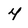
Character: 4